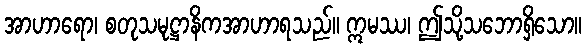
အာဟာရော၊ စတုသမုဋ္ဌာနိကအာဟာရသည်။ ဣမဿ၊ ဤသို့သဘောရှိသော။